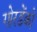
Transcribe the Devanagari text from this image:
गोरडेंको